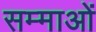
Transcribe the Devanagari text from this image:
सम्माओं